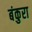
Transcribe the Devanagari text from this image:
बंकुरा